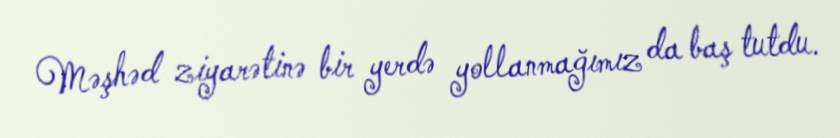
Məşhəd ziyarətinə bir yerdə yollanmağımız da baş tutdu.